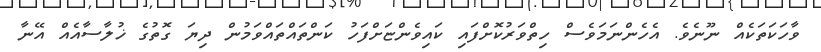
ވާހަކަތަކެއް ނޫނެވެ. އެހެންނަމަވެސް ހިތްވަރުކޮށްފައި ކައިވެންޏަށްފަހު ކަންތައްތައްވަމުން ދިޔަ ގޮތުގެ ޚުލާސާއެއް އޭނާ